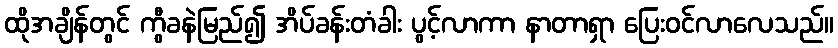
ထိုအချိန်တွင် ကွီခနဲမြည်၍ အိပ်ခန်းတံခါး ပွင့်လာကာ နာတာရှာ ပြေးဝင်လာလေသည်။